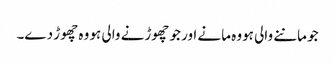
جو ماننے والی ہووہ مانے اور جو چھوڑنے والی ہو وہ چھوڑ دے۔